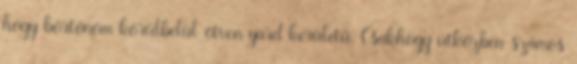
hogy börtönöm körülbelül ötven yard kerületű. Csakhogy útközben számos